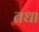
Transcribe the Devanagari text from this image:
तधा